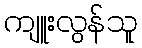
ကျူးလွန်သူ